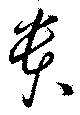
貴